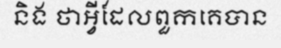
និង ថាអ្វីដែលពួកគេបាន